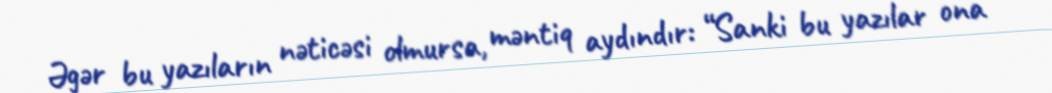
Əgər bu yazıların nəticəsi olmursa, məntiq aydındır: “Sanki bu yazılar ona